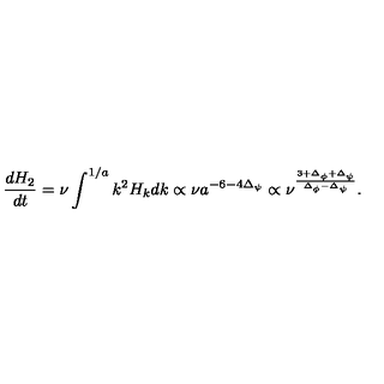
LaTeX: { \frac { d H _ { 2 } } { d t } } = \nu \int \sp { 1 / a } k \sp 2 H _ { k } d k \propto \nu a \sp { - 6 - 4 \Delta _ { \psi } } \propto \nu \sp { \frac { 3 + \Delta _ { \phi } + \Delta _ { \psi } } { \Delta _ { \phi } - \Delta _ { \psi } } } .